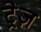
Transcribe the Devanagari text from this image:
ट्रेज़